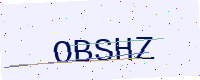
Text: OBSHZ